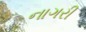
નાગરી